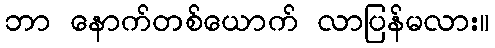
ဘာ နောက်တစ်ယောက် လာပြန်မလား။